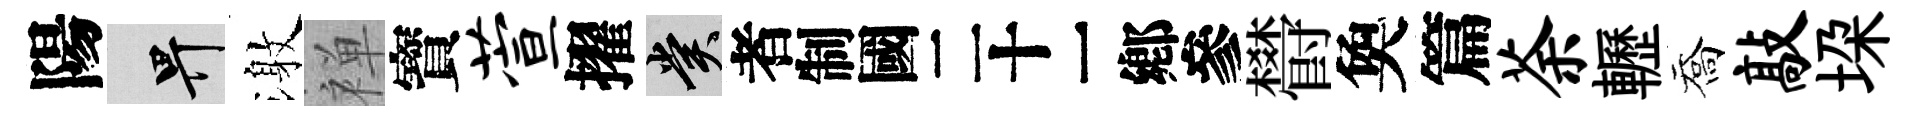
陽畀激禅寳萱擢賞识欎奐篇荼轣喬敲垜